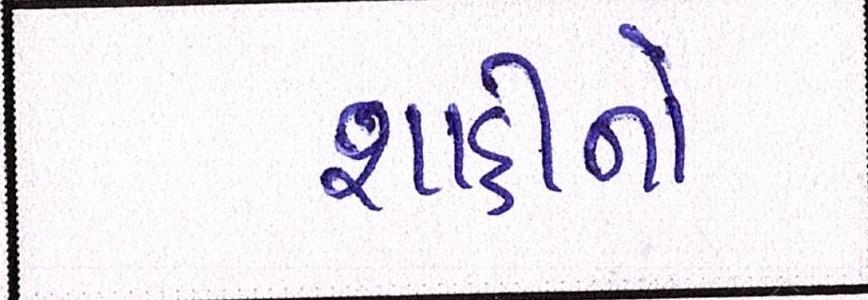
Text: શાહીનો